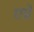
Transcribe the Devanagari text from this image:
एप्रे